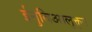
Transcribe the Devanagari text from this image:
ईनुविआलुक्तुन